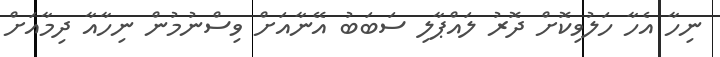
ނިހާ އެހާ ހަލުވިކޮށް ދޮރު ލައްޕާލި ސަބަބު އޭނާއަށް ވިސްނުމުން ނިހާއާ ދިމާއަށް